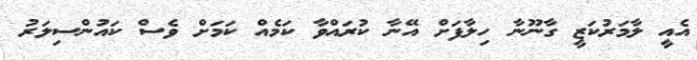
އެއީ ލާމަރުކަޒީ ގާނޫނާ ހިލާފަށް އޭނާ ކުރައްވާ ކަމެއް ކަމަށް ވެސް ކައުންސިލަރު